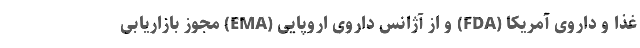
غذا و داروی آمریکا (FDA) و از آژانس داروی اروپایی (EMA) مجوز بازاریابی